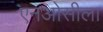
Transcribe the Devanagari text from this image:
एनओसीला